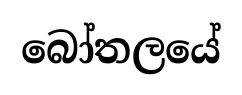
බෝතලයේ